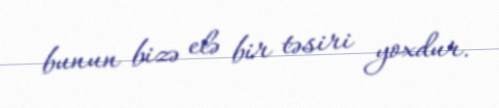
bunun bizə elə bir təsiri yoxdur.